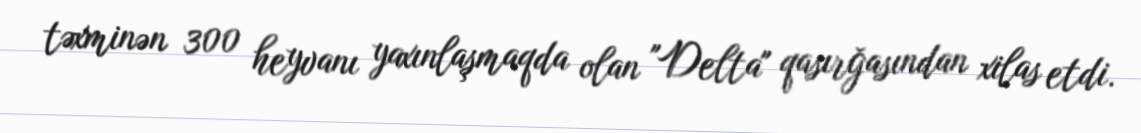
təxminən 300 heyvanı yaxınlaşmaqda olan "Delta" qasırğasından xilas etdi.